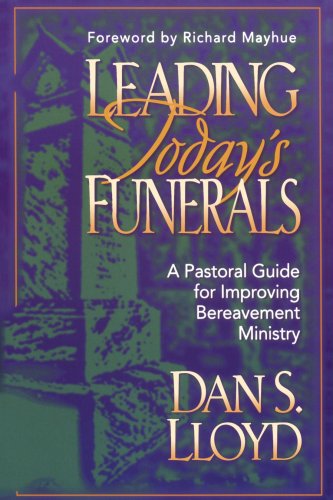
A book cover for Leading Today's Funerals: A Pastoral Guide for Improving Bereavement Ministry; Dan S. Lloyd; Christian Books & Bibles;